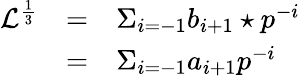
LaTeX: \begin{array}{lcl}{{{\mathcal L}^{\frac{1}{3}}}}&{{=}}&{{\Sigma_{i=-1}b_{i+1}\star p^{-i}}}\\ {{}}&{{=}}&{{{\Sigma}_{i=-1}a_{i+1}p^{-i}}}\end{array}